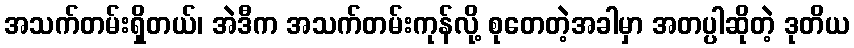
အသက်တမ်းရှိတယ်၊ အဲဒီက အသက်တမ်းကုန်လို့ စုတေတဲ့အခါမှာ အတပ္ပါဆိုတဲ့ ဒုတိယ